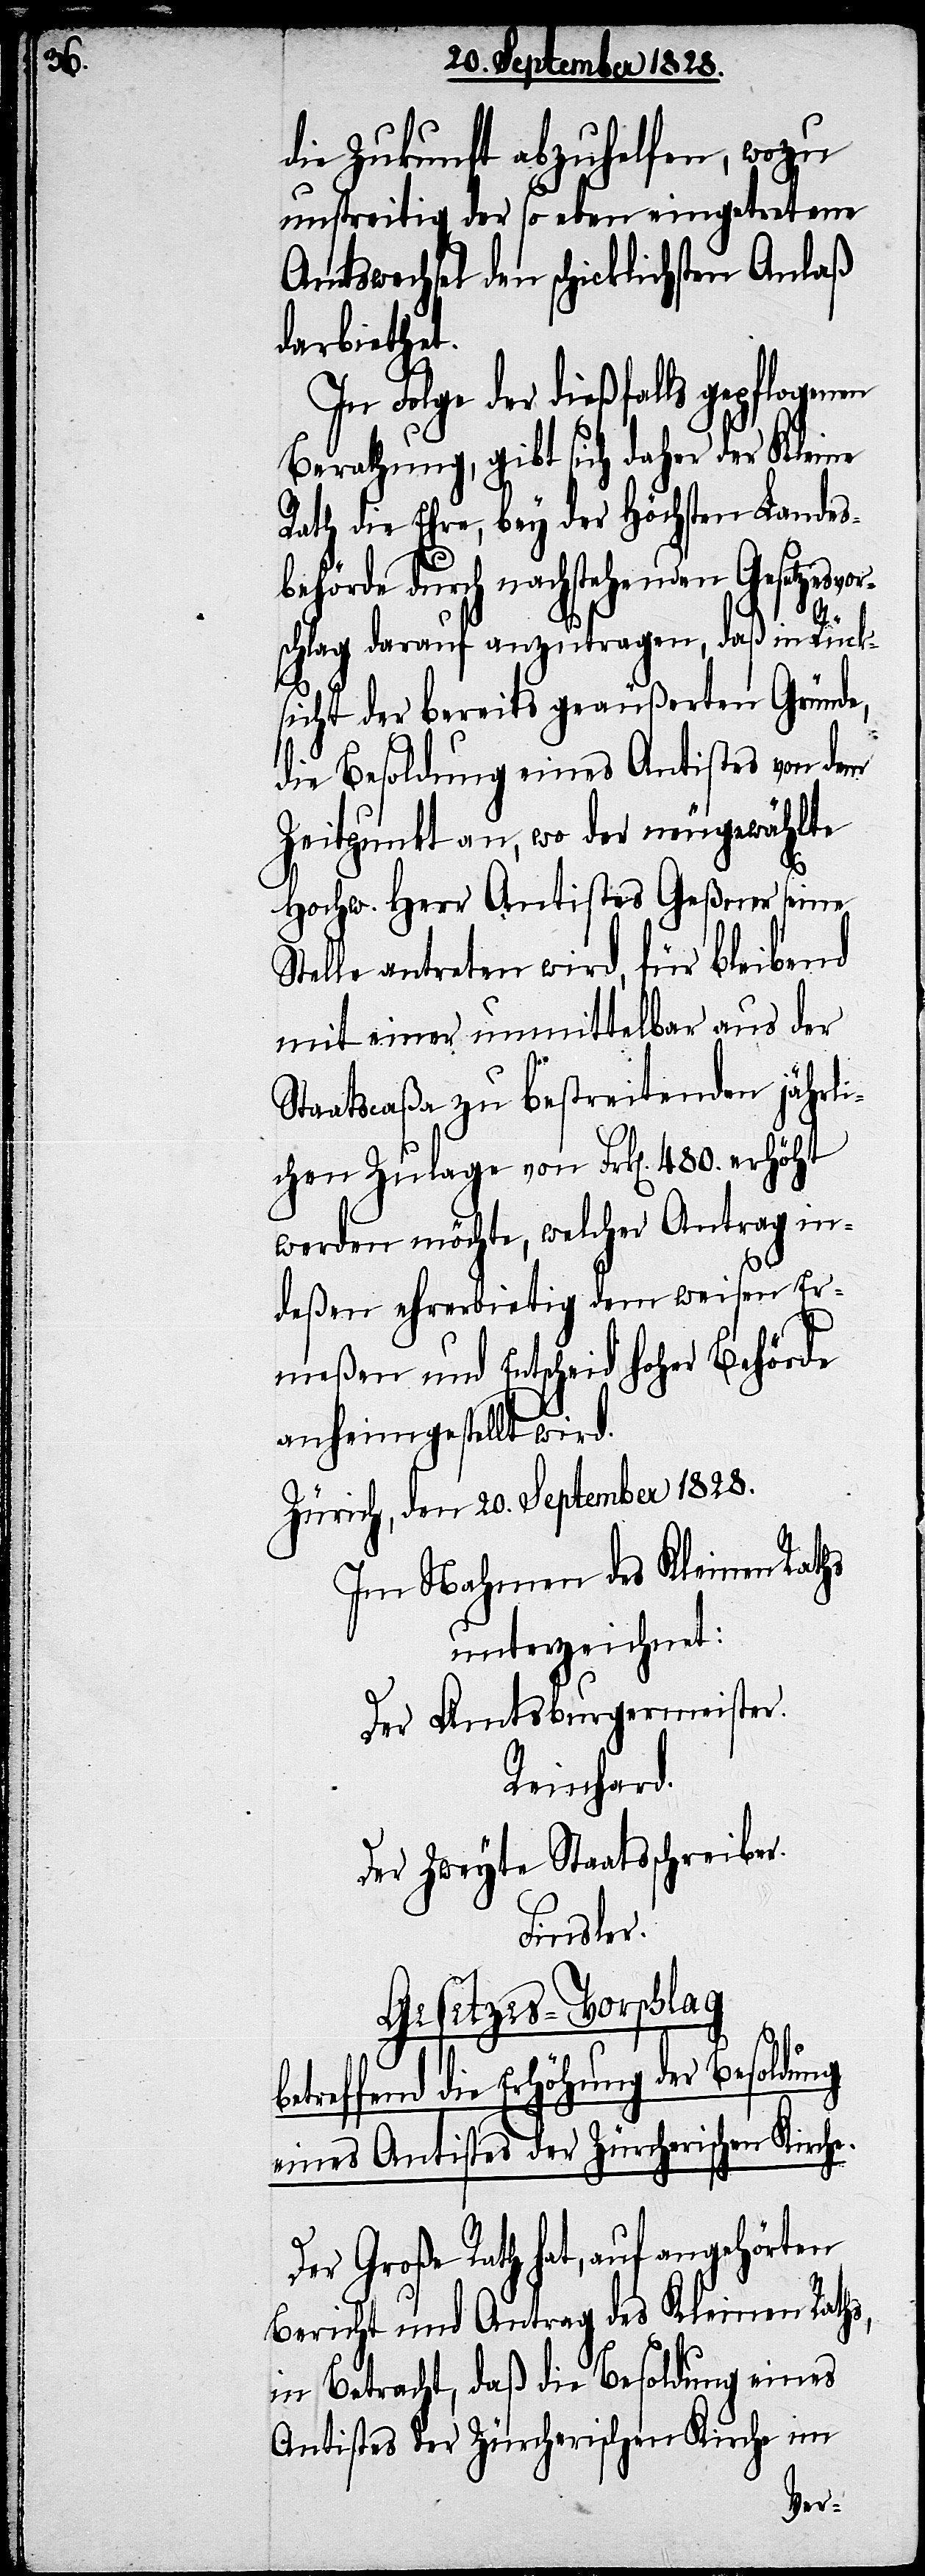
die Zukunft abzuhelfen, wozu
unstreitig der so eben eingetretene
Amtswechsel den schicklichsten Anlaß
darbiethet.
In Folge der dießfalls gepflogenen
Berathung, gibt’s ich daher der Kleine
Rath die Ehre, bey der Höchsten Landes¬
behörde durch nachstehenden Gesetztesv¬
s,
schlag darauf anzutragen, daß in Rück¬
sicht der bereits geäußerten Gründe,
die Besoldung eines Antistes von dem
Zeitpunkt an, wo der neugewählte
Hochw. Herr Antistes Geßner seine
Stelle antreten wird, für bleibend
mit einer unmittelbar aus der
Staatscaßa zu bestreitenden jährli¬
chen Zulage von Frk[en]. 480. erhöht
werden möchte, welcher Antrag in¬
deßen ehrerbietig dem weisen Er¬
meßen und Entscheid hoher Behörde
anheimgestellt wird.
Zürich, den 20. September 1828.
Im Nahmen des Kleinen Raths
unterzeichnet:
Der Amtsburgermeister.
Reinhard.
Der zweyte Staatsschreiber.
Finsler.
Gesetzes-Vorschlag
treffend die Erhöhung der Besoldung
eines Antistes der Züricherischen Kirche.
Der Große Rath hat, auf angehörten
Bericht und Antrag des Kleinen Rath¬
in Betracht, daß die Besoldung eines
Antistes der Züricherischen Kirche im